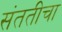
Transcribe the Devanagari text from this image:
संततीचा